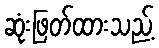
ဆုံးဖြတ်ထားသည့်